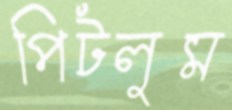
পিটলুম